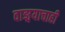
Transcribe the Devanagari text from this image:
वाङ्मयाचाही